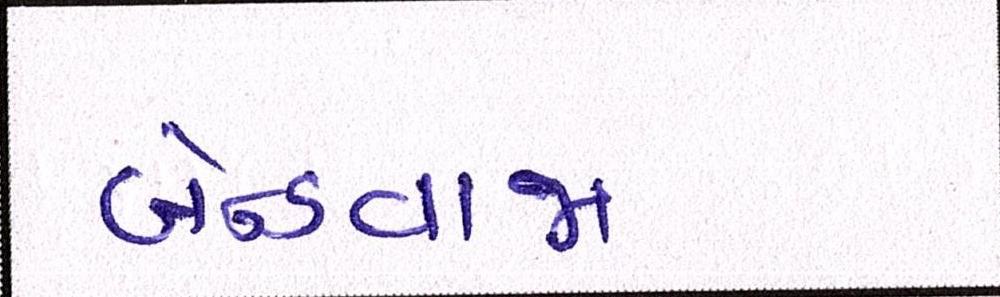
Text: બેન્ડવાજા